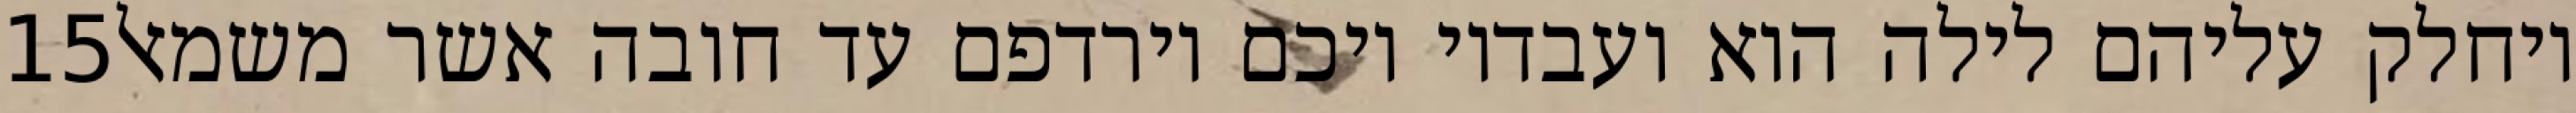
‎15‏ ויחלק עליהם לילה הוא ועבדיו ויכם וירדפם עד חובה אשר משמאל